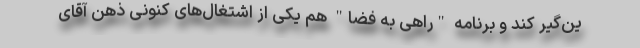
ین‌گیر کند و برنامه "راهی به فضا" هم یکی از اشتغال‌های کنونی ذهن آقای